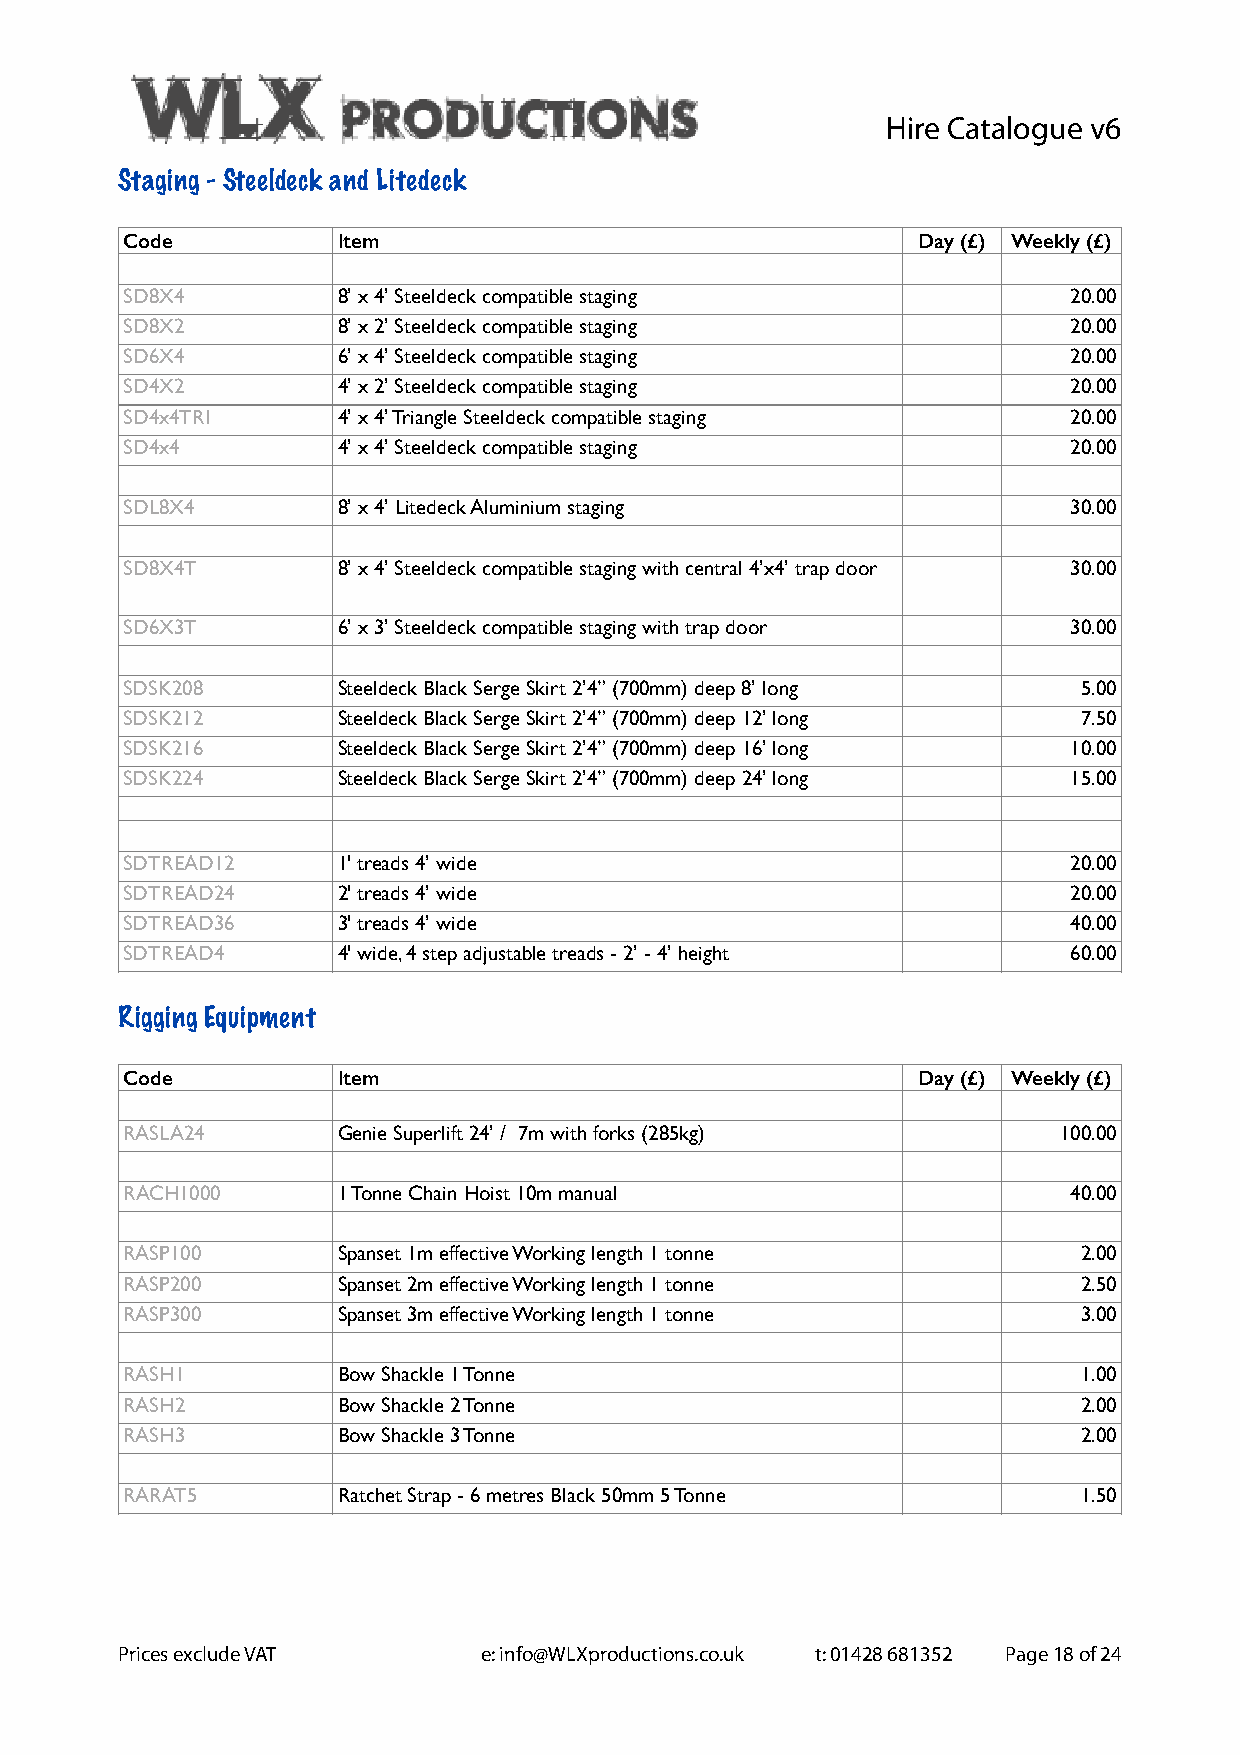
Hire Catalogue v6
 Staging - Steeldeck and Litedeck
 Code          Item                                   Day (£) Weekly (£)
 SD8X4         8’ x 4’ Steeldeck compatible staging             20.00
 SD8X2         8’ x 2’ Steeldeck compatible staging             20.00
 SD6X4         6’ x 4’ Steeldeck compatible staging             20.00
 SD4X2         4’ x 2’ Steeldeck compatible staging             20.00
 SD4x4TRI      4’ x 4’ Triangle Steeldeck compatible staging    20.00
 SD4x4         4’ x 4’ Steeldeck compatible staging             20.00
 SDL8X4        8’ x 4’ Litedeck Aluminium staging               30.00
 SD8X4T        8’ x 4’ Steeldeck compatible staging with central 4’x4’ trap door 30.00
 SD6X3T        6’ x 3’ Steeldeck compatible staging with trap door 30.00
 SDSK208       Steeldeck Black Serge Skirt 2’4” (700mm) deep 8’ long 5.00
 SDSK212       Steeldeck Black Serge Skirt 2’4” (700mm) deep 12’ long 7.50
 SDSK216       Steeldeck Black Serge Skirt 2’4” (700mm) deep 16’ long 10.00
 SDSK224       Steeldeck Black Serge Skirt 2’4” (700mm) deep 24’ long 15.00
 SDTREAD12     1' treads 4’ wide                                20.00
 SDTREAD24     2' treads 4’ wide                                20.00
 SDTREAD36     3' treads 4’ wide                                40.00
 SDTREAD4      4' wide, 4 step adjustable treads - 2’ - 4’ height 60.00
 Rigging Equipment
 Code          Item                                   Day (£) Weekly (£)
 RASLA24       Genie Superlift 24’ / 7m with forks (285kg)     100.00
 RACH1000      1 Tonne Chain Hoist 10m manual                   40.00
 RASP100       Spanset 1m effective Working length 1 tonne       2.00
 RASP200       Spanset 2m effective Working length 1 tonne       2.50
 RASP300       Spanset 3m effective Working length 1 tonne       3.00
 RASH1         Bow Shackle 1 Tonne                               1.00
 RASH2         Bow Shackle 2 Tonne                               2.00
 RASH3         Bow Shackle 3 Tonne                               2.00
 RARAT5        Ratchet Strap - 6 metres Black 50mm 5 Tonne       1.50
 Prices exclude VAT      e: info@WLXproductions.co.uk t: 01428 681352 Page 18 of 24